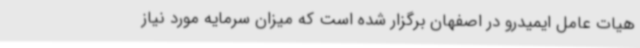
هیات عامل ایمیدرو در اصفهان برگزار شده است که میزان سرمایه مورد نیاز